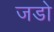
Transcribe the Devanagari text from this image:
जडो